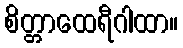
စိတ္တာထေရီဂါထာ။